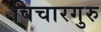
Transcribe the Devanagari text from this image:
विचारगुरु